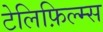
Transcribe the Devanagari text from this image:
टेलिफ़िल्म्स